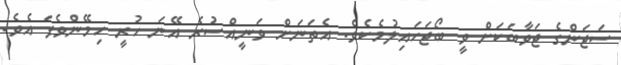
ސަޖަންގެ ޖަވާބަކަށް ވީ ބޯޖަހައިލުމެކެވެ. އެތަނަށް ވަނީއްސުރެ އޭނަ ހުރީ ހިމޭންވެފަ އެވެ.